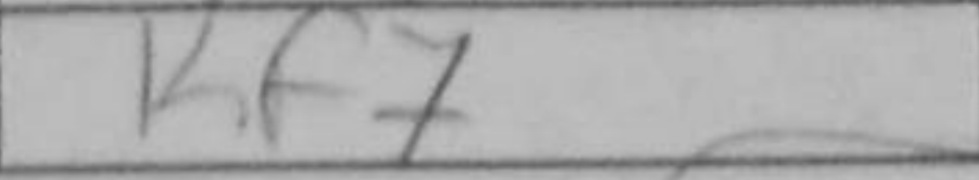
Transcription: Kf7